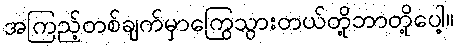
အကြည့်တစ်ချက်မှာကြွေသွားတယ်တို့ဘာတို့ပေါ့။